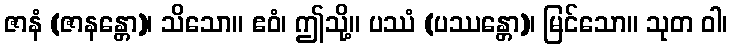
ဇာနံ (ဇာနန္တော)၊ သိသော။ ဧဝံ၊ ဤသို့။ ပဿံ (ပဿန္တော)၊ မြင်သော။ သုတ ဝါ၊